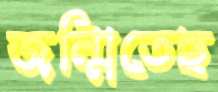
জন্মিতেছ